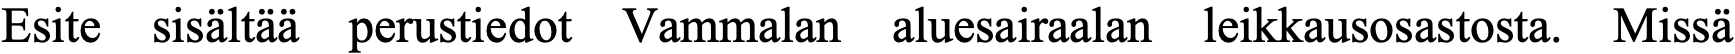
Esite sisältää perustiedot Vammalan aluesairaalan leikkausosastosta. Missä